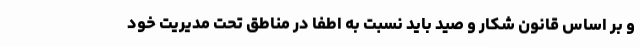
و بر اساس قانون شکار و صید باید نسبت به اطفا در مناطق تحت مدیریت خود